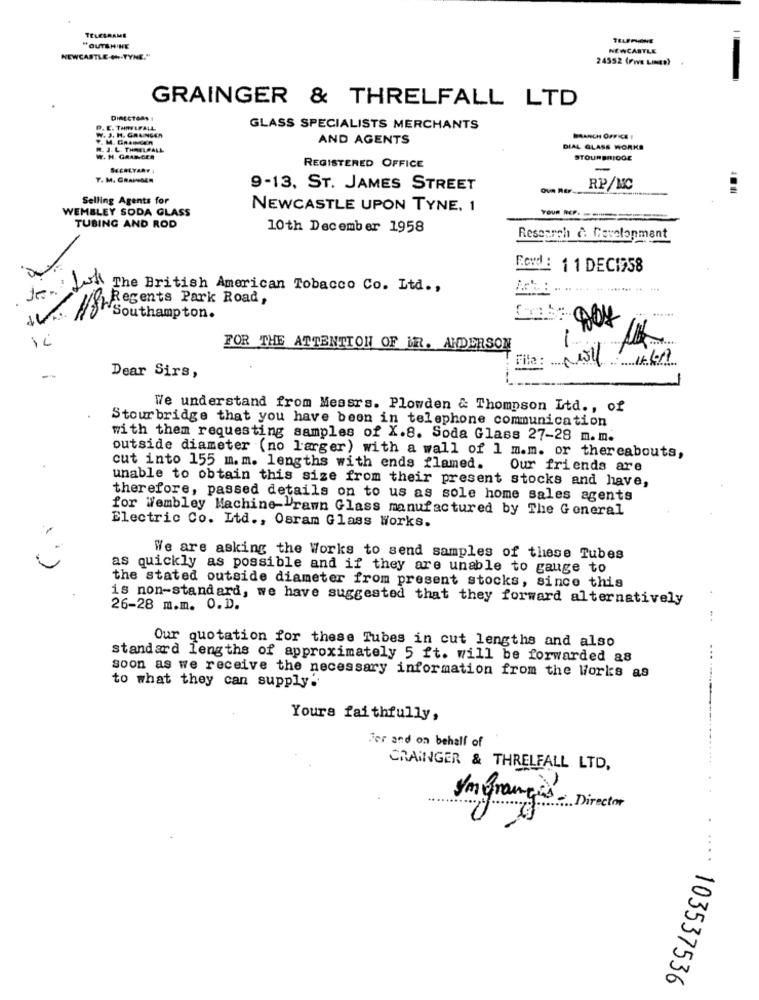
TELEGRAME
"OUTSHINE
NEWCASTLE
NEWCASTLE-(H-TYNE."
24552 (Fw LINEe)
GRAINGER & THRELFALL LTD
DIRECTORS 1
W. J. M. GRAINGER
P. C. THALFALL
GLASS SPECIALISTS MERCHANTS
AND AGENTS
BRANCH OFFICE !
R. J. L. THRELRALL
DIAL GLASS WORKS
W. H. GRADIGER
STOURBRIDGE
REGISTERED OFFICE
-
T. M. GRANDES
9-13, ST. JAMES STREET
RP/NC
Selling Agents for
WEMBLEY SODA GLASS
NEWCASTLE UPON TYNE, 1
YOUR REP.
TUBING AND ROD
10th December 1958
Research & Development
Food : 11 DECI958
3. The British American Tobacco Co. Ltd .,
Regents Park Road,
Southampton.
FOR THE ATTENTION OF IR. ANDERSON
File: Nasy:1611
Dear Sirs,
We understand from Messrs. Plowden & Thompson Ltd ., of
Stourbridge that you have been in telephone communication
with them requesting samples of X.8. Soda Glass 27-28 m.m.
outside diameter (no larger) with a wall of 1 m.m. or thereabouts,
cut into 155 m. m. lengths with ends flamed. Our friends are
unable to obtain this size from their present stocks and have,
therefore, passed details on to us as sole home sales agents
for Wembley Machine-"rawn Glass manufactured by The General
Electric Co. Ltd ., Osram Glass Works.
We are asking the Works to send samples of these Tubes
as quickly as possible and if they are unable to gauge to
the stated outside diameter from present stocks, since this
is non-standard, we have suggested that they forward alternatively
26-28 m.m. O.D.
Our quotation for these Tubes in cut lengths and also
standard lengths of approximately 5 ft. will be forwarded as
soon as we receive the necessary information from the Works as
to what they can supply.
... .....--
Yours faithfully,
for and on behalf of
CRAINGER & THRELFALL LTD,
Imfrancis, Director
103537536